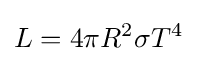
L=4\pi R^{2}\sigma T^{4}